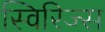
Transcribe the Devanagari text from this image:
स्विरिज्स